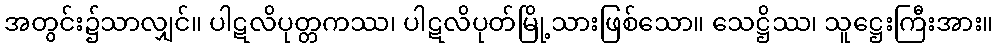
အတွင်း၌သာလျှင်။ ပါဋလိပုတ္တကဿ၊ ပါဋလိပုတ်မြို့သားဖြစ်သော။ သေဋ္ဌိဿ၊ သူဋ္ဌေးကြီးအား။